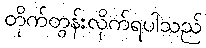
တိုက်တွန်းလိုက်ရပါသည်